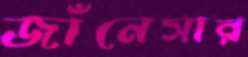
জাঁনেসার